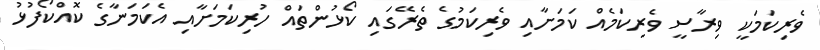
ވެރިކަމަކީ ވިރާސީ ވެރިކަމެއް ކަމަށާއި ވެރިކަމުގެ ތެރޭގައި ކޯޅުންތައް ހުރިކަމަށާއި އެކަމަނާގެ ކޮއްކޯފުޅު